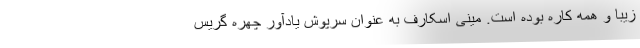
زیبا و همه کاره بوده است. مینی اسکارف به عنوان سرپوش یادآور چهره گریس